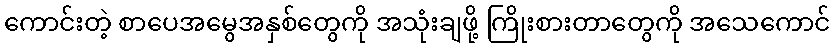
ကောင်းတဲ့ စာပေအမွေအနှစ်တွေကို အသုံးချဖို့ ကြိုးစားတာတွေကို အသေကောင်